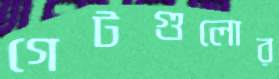
গেটগুলোর